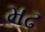
મઢ